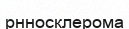
рнносклерома